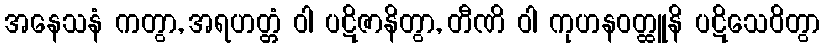
အနေသနံ ကတွာ, အရဟတ္တံ ဝါ ပဋိဇာနိတွာ, တီဏိ ဝါ ကုဟနဝတ္ထူနိ ပဋိသေဝိတွာ